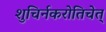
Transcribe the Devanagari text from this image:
शुचिर्नकरोतिचेत्